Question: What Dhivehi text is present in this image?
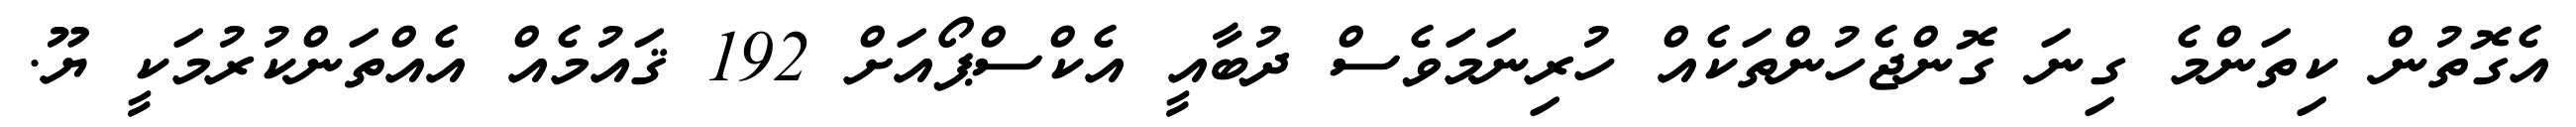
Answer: އެގޮތުން ކިތަންމެ ގިނަ ގޮންޖެހުންތަކެއް ހުރިނަމަވެސް ދުބާއީ އެކްސްޕޯއަށް 192 ޤައުމެއް އެއްތަންކުރުމަކީ ޔޫ.